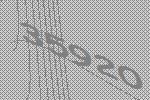
35920